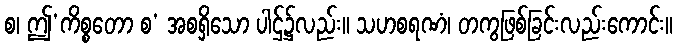
စ၊ ဤ’ကိစ္စတော စ’ အစရှိသော ပါဌ်၌လည်း။ သဟစရဏံ၊ တကွဖြစ်ခြင်းလည်းကောင်း။